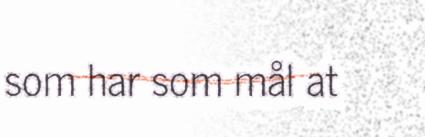
som har som mål at